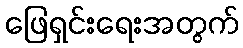
ဖြေရှင်းရေးအတွက်